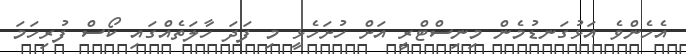
އެހެންވެ އަޅުގަނޑުމެން މިނިސްޓްރީ އަށް ހުށަހެޅީ މި ފަދަ ހާލަތެއްގައި ކޯސް ފުރިހަމަ